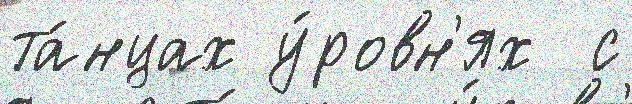
та́нцах у́ровн'ях  с